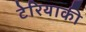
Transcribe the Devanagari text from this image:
टेरियाकी